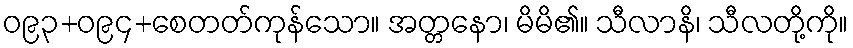
ဝ၉၃+ဝ၉၄+စေတတ်ကုန်သော။ အတ္တနော၊ မိမိ၏။ သီလာနိ၊ သီလတို့ကို။